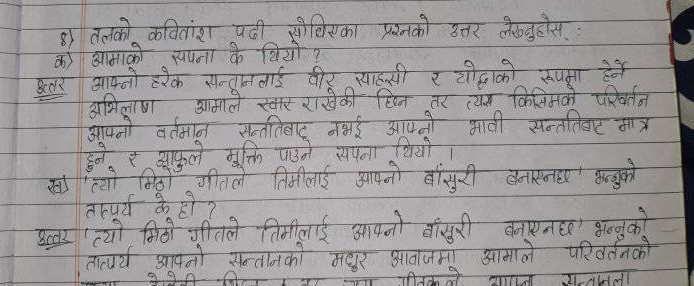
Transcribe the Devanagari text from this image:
४) तलको कवितांश पढी सोधिएका प्रश्नको उत्तर लेख्नुहोस् :
क) आमाको सपना के थियो ?
उत्तर आफ्नो हरेक सन्तानलाई वीर साहसी र योद्धाको रुपमा हेर्ने,
अभिलाण आमाले खार राखेकी छिन तर त्यस किसिमको परिवर्तन
आफ्नो वर्तमान सन्ततिबाद नभई आफ्नो भावी सन्ततिबाट मात्र
हुने र आफुले मुक्ति पाउने सपना थियो।
खा त्यो मिठो गीतले तिमीलाई आफ्नो बाँसुरी बनाएनछ' भन्नुको
तात्पर्य के हो ?
उत्तर त्यो मिठो गीतले तिमीलाई आफ्नो बांसुरी
बनाएनछ भन्नुको
तात्पर्य आफ्नो सन्तानको मधुर आवाजमा आमाले परिवर्तनको
गीतक ले
सन्तानला